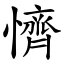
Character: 懠